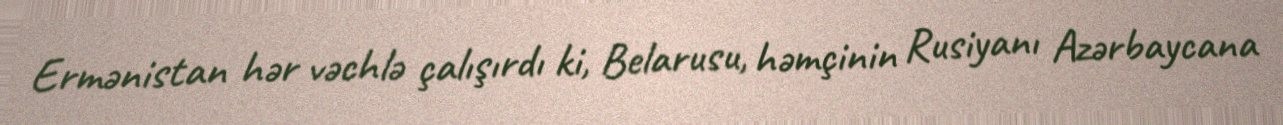
Ermənistan hər vəchlə çalışırdı ki, Belarusu, həmçinin Rusiyanı Azərbaycana